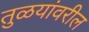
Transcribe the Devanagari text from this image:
तुळयांवरील